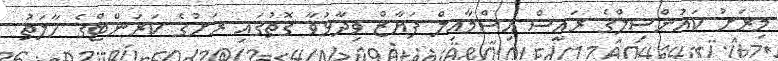
މިރަށު ކައުންސިލްގެ ރައީސް އިސްމާއިލް ފަޔާޒް ވިދާޅުވާ ގޮތުގައި ރަށުގެ ކަރަންޓްގެ ހާލަތު